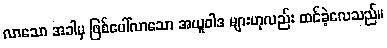
လာသော အခါမှ ဖြစ်ပေါ်လာသော အယူဝါဒ များဟုလည်း ထင်ခဲ့လေသည်။